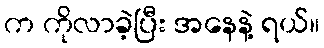
က ကိုလာခဲ့ပြီး အနေနဲ့ ရယ်။